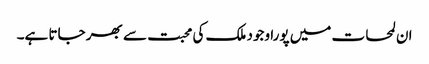
ان لمحات میں پورا وجود ملک کی محبت سے بھر جاتا ہے۔